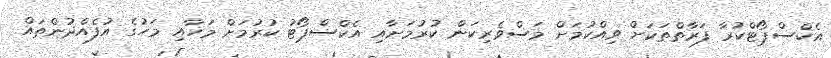
އެކްސްޕޯޓްކުރާ ފަރާތްތަކަށް ވިއްކުމަށް މަސްވެރިކަން ކުރުމަށާއި އެކްސްޕޯޓު ކުރުމަށް މަހާއި މަހުގެ އުފެއްދުންތައް